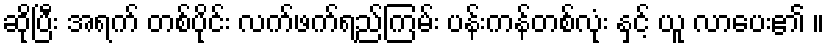
ဆိုပြီး အရက် တစ်ပိုင်း လက်ဖက်ရည်ကြမ်း ပန်းကန်တစ်လုံး နှင့် ယူ လာပေး၏ ။